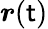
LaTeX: \boldsymbol{r}(\mathsf{t})